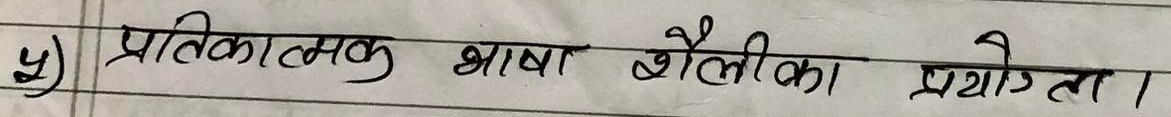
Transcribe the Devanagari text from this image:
५) प्रतीकात्मक भाषा शैलीका प्रयोग।